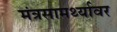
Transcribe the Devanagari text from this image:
मंत्रसामर्थ्यावर